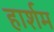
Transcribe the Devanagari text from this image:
हार्शम